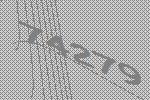
74279